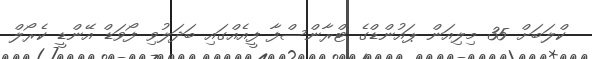
ކްލަބަށް 35 މިލިއަން ޕައުންޑްގެ ޓްރާންސްފާ ފީއެއްގައި ބަދަލުވި ފޯވަޑް އޭންޑީ ކެރޯލް